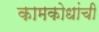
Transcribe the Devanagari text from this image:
कामकोधांची